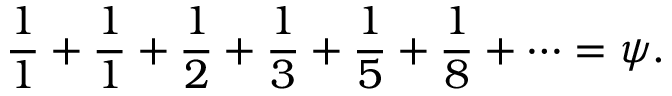
{ \frac { 1 } { 1 } } + { \frac { 1 } { 1 } } + { \frac { 1 } { 2 } } + { \frac { 1 } { 3 } } + { \frac { 1 } { 5 } } + { \frac { 1 } { 8 } } + \cdots = \psi .